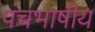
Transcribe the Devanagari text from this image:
पंचभाषीय